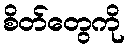
စိတ်တွေကို